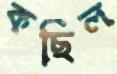
কছিল